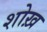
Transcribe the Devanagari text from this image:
शोख़